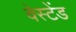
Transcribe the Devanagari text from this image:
वेस्टेंड